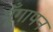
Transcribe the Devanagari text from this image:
गूँगापन